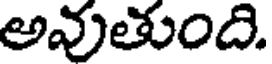
అవుతుంది.